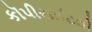
કૉપીરાઈટથી